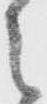
之